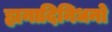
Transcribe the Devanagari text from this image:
ह्यनादिनिधनो